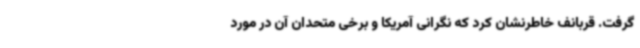
گرفت. قربانف خاطرنشان کرد که نگرانی آمریکا و برخی متحدان آن در مورد